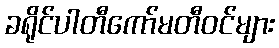
ခရိုင်ပါတီကော်မတီဝင်များ